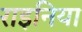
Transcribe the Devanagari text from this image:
राइनिया